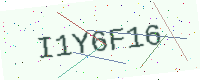
Text: I1Y6F16